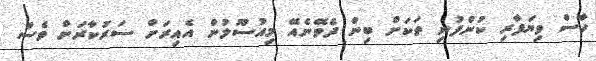
ހާސް ވިޔަފާރި ކުންފުނި ތަކަށް ބިން ދެވޭނެއޭ މިއުސޫލުން އެއިރަށް ސަރުކާރަށް ވެސް